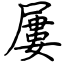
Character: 屢